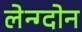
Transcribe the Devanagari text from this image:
लेन्ग्दोन